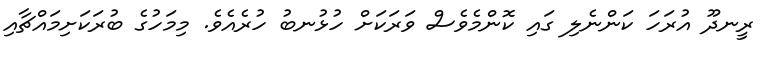
ރީނދޫ އުރަހަ ކަންނެލި ގައި ކޮންމެވެސް ވަރަކަށް ހުޅުނބު ހުރެއެވެ. މިމަހުގެ ބުރަކަށިމައްޗާއި